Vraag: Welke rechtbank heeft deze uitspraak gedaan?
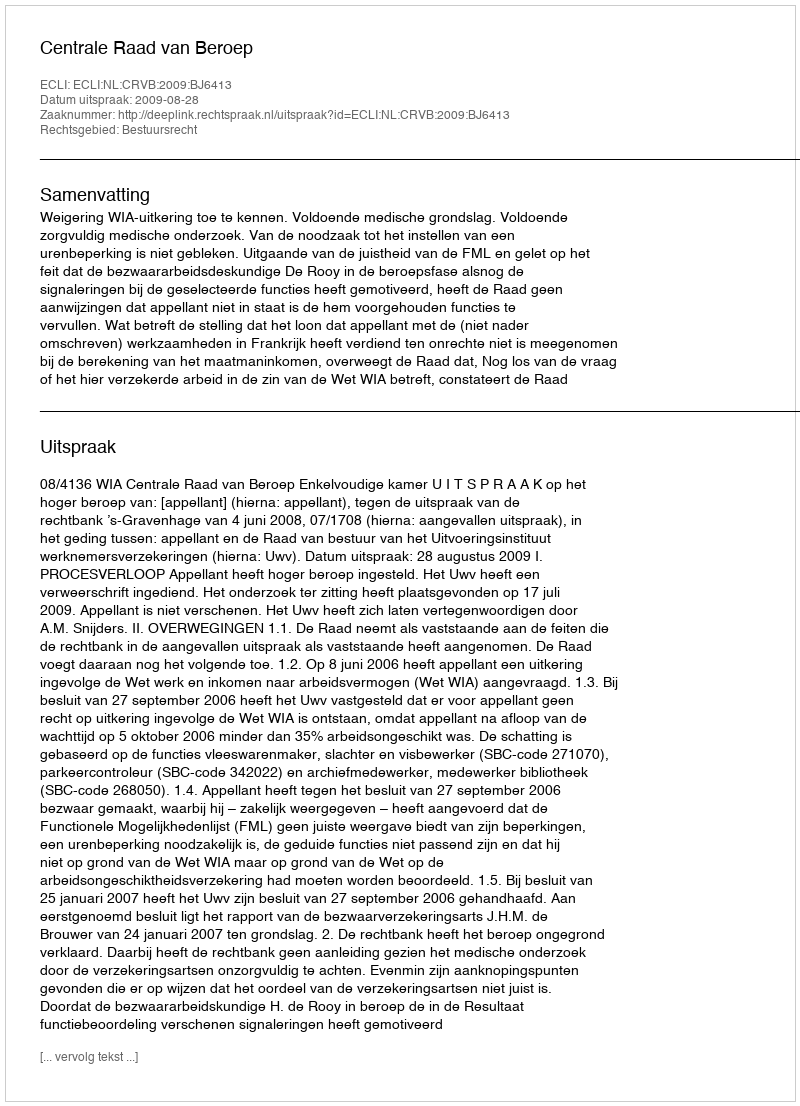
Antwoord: Centrale Raad van Beroep